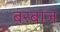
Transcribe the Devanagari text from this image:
बरबाज